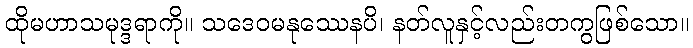
ထိုမဟာသမုဒ္ဒရာကို။ သဒေဝမနုဿေနပိ၊ နတ်လူနှင့်လည်းတကွဖြစ်သော။